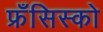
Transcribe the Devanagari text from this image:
फ्रँसिस्को